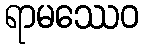
ရာမဿေဝ